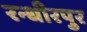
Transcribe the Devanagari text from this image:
रन्धीरपुर